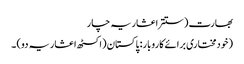
بھارت (ستتر اعشاریہ چار
(خودمختاری برائے کاروبار: پاکستان (اکسٹھ اعشاریہ دو) ۔